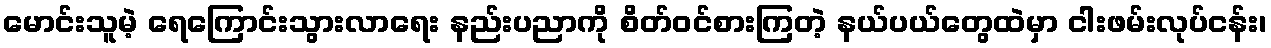
မောင်းသူမဲ့ ရေကြောင်းသွားလာရေး နည်းပညာကို စိတ်ဝင်စားကြတဲ့ နယ်ပယ်တွေထဲမှာ ငါးဖမ်းလုပ်ငန်း၊